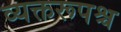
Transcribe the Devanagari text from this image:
व्यक्तरूपश्च